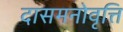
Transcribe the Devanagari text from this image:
दासमनोवृत्ति